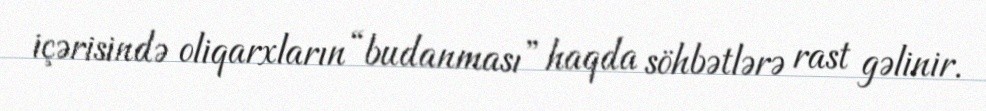
içərisində oliqarxların “budanması” haqda söhbətlərə rast gəlinir.